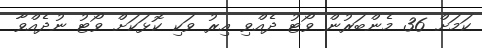
ކަމަށް 36 މެންބަރުން ވޯޓު ދެއްވި އިރު ވަކި ކޮޅަކަށް ވޯޓު ނުދެއްވާ